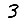
Digit: 3